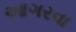
આગરવા